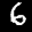
Label: 6